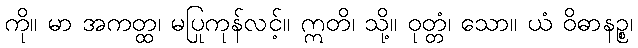
ကို။ မာ အကတ္ထ၊ မပြုကုန်လင့်။ ဣတိ၊ သို့။ ဝုတ္တံ၊ သော။ ယံ ဝိဓာနဉ္စ၊